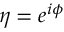
\eta = e ^ { i \phi }